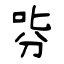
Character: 哛